Lunatic asylums Bombay report 1878-1890 - 1878-1890
Year: 1878
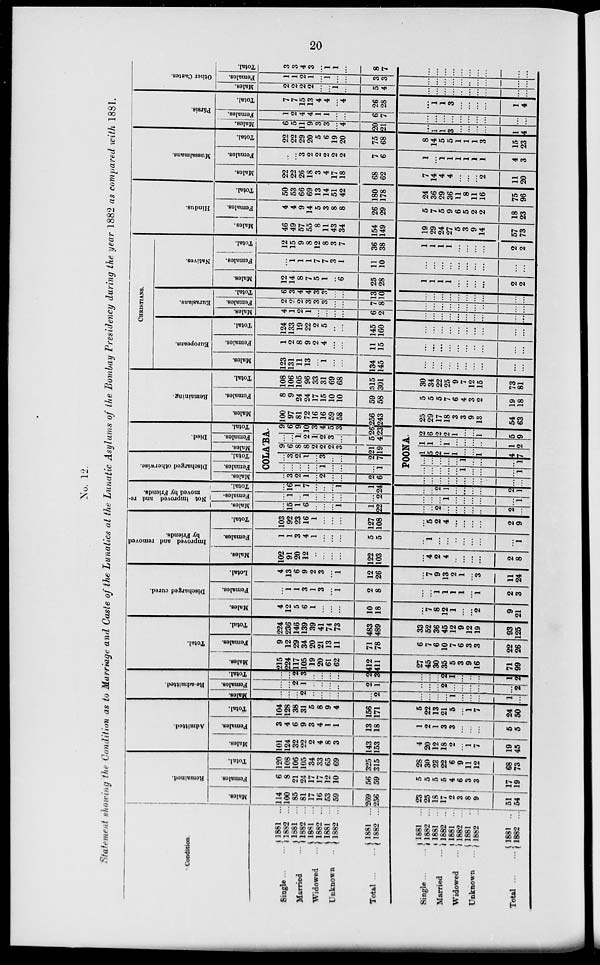
20
No. 12.
Statement showing the Condition as to Marriage and Caste of the Lunatics at the Lunatic Asylums of the Bombay Presidency during the year 1882 as compared with 1881.
Condition
Single ... ...
Married ...
Widowed ...
Unknown ...
Total ... ...
1881 ...
1882 ...
1881 ...
1882 ...
1881 ...
1882 ...
1881 ...
1882 ...
1881 ...
1882 ...
Single ... ...
Married ...
Widowed ...
Unknown ...
Total ...
1881 ...
1882 ...
1881 ...
1882
...
1881 ...
1882 ...
1881 ...
1882
...
1881 ...
1882 ...
Remained.
Males.
114
100
85
81
17
16
53
59
269
256
23
25
18
17
2
3
8
9
51
54
Females.
6
8
21
24
17
17
12
10
56
59
5
5
5
5
4
6
3
3
17
19
Total.
120
108
106
105
34
33
65
69
325
315
28
30
23
22
6
9
11
12
68
73
Admitted.
Males.
101
124
32
22
2
4
8
3
143
153
4
20
12
18
2
...
1
7
19
45
Females.
3
4
6
9
3
4
1
1
13
18
1
2
1
3
3
...
...
...
5
5
Total.
104
128
38
31
5
8
9
4
156
171
5
22
13
21
5
...
1
7
24
50
Re-admitted.
Males.
...
...
...
2
...
...
...
...
...
2
...
...
...
...
1
...
...
...
1
...
Females.
...
...
2
1
...
...
...
...
2
1
...
...
...
2
...
...
...
...
...
2
Total.
...
...
2
3
...
...
...
...
2
3
...
...
...
2
1
...
...
...
1
2
Total.
Males.
215
224
117
105
19
20
61
62
412
411
27
45
30
35
5
3
9
16
71
99
Females.
9
12
29
34
20
21
13
11
71
78
6
7
6
10
7
6
3
3
22
26
Total.
224
236
146
139
39
41
74
73
483
489
33
52
36
45
12
9
12
19
93
125
Discharged cured.
Males.
4
12
5
6
1
...
...
...
10
18
...
7
8
12
1
...
...
2
9
21
Females.
...
1
1
3
I
3
...
1
2
8
...
...
1
1
1
1
...
1
2
3
Lotal.
4
13
6
9
2
3
...
1
12
26
...
7
9
13
2
1
...
3
11
24
Improved and removed
by Friends.
Males.
102
91
20
12
...
...
...
...
122
103
...
4
2
4
...
...
...
...
2
8
Females.
1
1
3
4
1
...
...
...
5
5
...
1
...
...
...
...
...
...
...
1
Total.
103
92
23
16
1
...
...
...
127
108
...
5
2
4
...
...
...
...
2
9
Not improved and re-
moved by Friends.
Males.
...
15
1
6
...
...
...
1
1
22
...
...
2
...
...
...
...
...
2
...
Females.
...
1
...
1
...
...
...
...
...
2
...
...
...
1
...
...
...
...
...
1
Total.
...
16
1
7
...
...
...
1
1
24
...
...
2
1
...
...
...
...
2
1
Discharged otherwise.
Males.
...
3
2
1
...
2
...
...
2
6
...
...
...
...
...
...
...
...
...
...
Females.
Total.
Died.
Males.
Females.
Total.
COLA'BA.
...
...
...
...
...
1
...
...
...
1
...
3
2
1
...
3
...
...
2
7
9
6
8
8
2
2
2
3
21
19
...
...
1
2
1
2
3
...
5
4
9
6
9
10
3
4
5
3
26
23
POONA.
...
...
...
...
...
1
...
...
...
1
...
...
...
...
...
1
...
...
...
1
1
5
2
1
1
...
...
1
4
7
1
1
...
1
...
...
...
...
1
2
2
6
2
2
1
...
...
1
5
9
Remaining.
Males.
100
97
81
72
16
16
59
58
256
243
25
29
17
18
3
3
9
13
54
63
Females.
8
9
24
24
17
15
10
10
59
58
5
5
5
7
6
4
3
2
19
18
Total.
108
106
105
96
33
31
69
68
315
301
30
34
22
25
9
7
12
15
73
81
CHRISTIANS.
Europeans.
Males.
123
131
11
13
...
1
...
...
134
145
...
...
...
...
...
...
...
...
...
...
Females.
1
2
8
9
2
4
...
...
11
15
...
...
...
...
...
...
...
...
...
...
Total.
124
133
19
22
2
5
...
...
145
160
...
...
...
...
...
...
...
...
...
...
Eurasians.
Males.
4
1
2
1
...
...
...
...
6
2
...
...
...
...
...
...
...
...
...
...
Females.
2
2
2
3
3
3
...
...
7
8
...
...
...
...
...
...
...
...
...
...
Total.
6
3
4
4
3
3
...
...
13
10
...
...
...
...
...
...
...
...
...
...
Natives.
Males.
12
14
8
7
5
1
...
6
25
28
1
1
1
1
...
...
...
...
2
2
Females.
...
1
1
1
7
7
3
1
11
10
...
...
...
...
...
...
...
...
...
...
Total.
12
15
9
8
12
8
3
7
36
38
1
1
1
1
...
...
...
...
2
2
Hindus.
Males.
46
49
57
55
8
11
43
34
154
149
19
29
24
27
5
3
9
14
57
73
Females.
4
4
9
14
5
3
8
8
26
29
5
7
5
9
6
5
2
2
18
23
Total.
50
53
66
69
13
14
51
42
180
178
24
36
29
36
11
8
11
16
75
96
Mussalmans.
Males.
22
22
26
18
3
4
17
18
68
62
7
14
4
4
...
...
...
2
11
20
Females.
...
...
3
2
2
2
2
2
7
6
1
...
1
1
1
1
1
1
4
3
Total.
22
22
29
20
5
6
19
20
75
68
8
14
5
5
1
1
1
3
15
23
Pársis.
Males.
6
5
11
9
3
3
...
4
20
21
...
1
1
3
...
...
...
...
1
4
Females.
1
2
4
4
1
1
...
...
6
7
...
...
...
...
...
...
...
...
...
...
Total.
7
7
15
13
4
4
...
4
26
28
...
1
1
3
...
...
...
...
1
4
Other Castes.
Males.
2
2
2
2
...
...
1
...
5
4
...
...
...
...
...
...
...
...
...
...
Females.
1
1
2
1
...
1
...
...
3
3
...
...
...
...
...
...
...
...
...
...
Total.
3
3
4
3
...
1
1
...
8
7
...
...
...
...
...
...
...
...
...
...